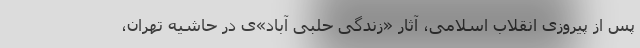
پس از پیروزی انقلاب اسلامی، آثار «زندگی حلبی آباد»ی در حاشیه تهران،